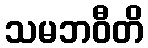
သမဘဝီတိ